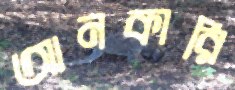
আনকারি